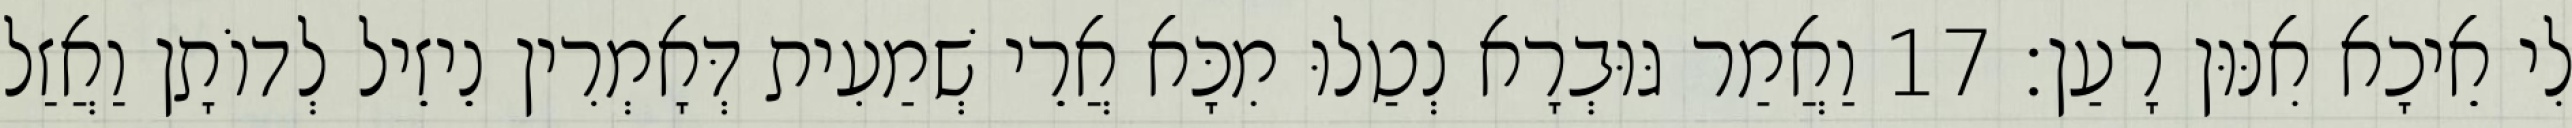
לִי אֵיכָא אִנּוּן רָעַן׃ 17 וַאֲמַר גּוּבְרָא נְטַלוּ מִכָּא אֲרֵי שְׁמַעִית דְּאָמְרִין נֵיזֵיל לְדוֹתָן וַאֲזַל